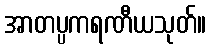
အာတပ္ပကရဏီယသုတ်။